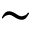
\sim